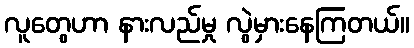
လူတွေဟာ နားလည်မှု လွဲမှားနေကြတယ်။